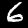
Label: 6